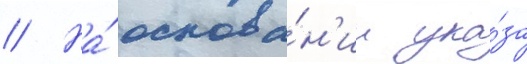
// На́ основа́н'ии ука́за